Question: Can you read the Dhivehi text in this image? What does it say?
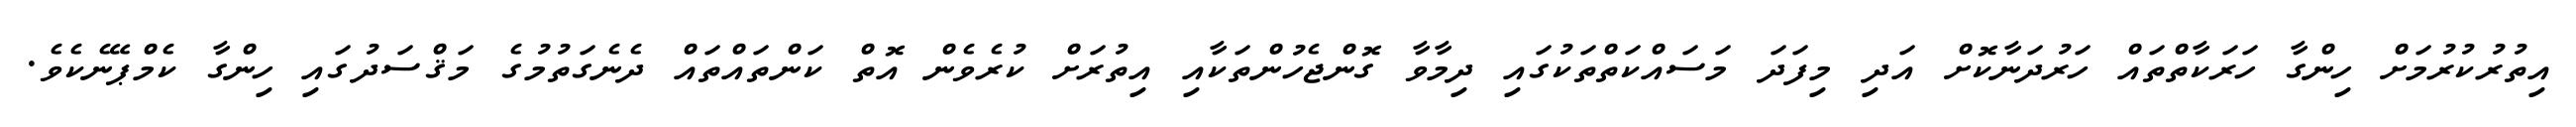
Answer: އިތުރުކުރުމަށް ހިންގާ ހަރަކާތްތައް ހަރުދަނާކޮށް އަދި މިފަދަ މަސައްކަތްތަކުގައި ދިމާވާ ގޮންޖެހުންތަކާއި އިތުރަށް ކުރެވެން އޮތް ކަންތައްތައް ދެނެގަތުމުގެ މަޤްސަދުގައި ހިންގާ ކެމްޕޭނެކެވެ.